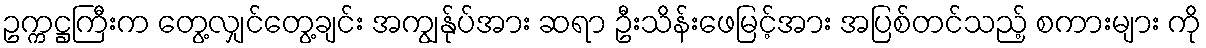
ဥက္ကဋ္ဌကြီးက တွေ့လျှင်တွေ့ချင်း အကျွန်ုပ်အား ဆရာ ဦးသိန်းဖေမြင့်အား အပြစ်တင်သည့် စကားများ ကို